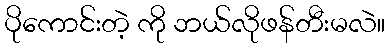
ပိုကောင်းတဲ့ ကို ဘယ်လိုဖန်တီးမလဲ။